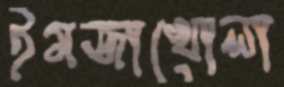
ইমজাখোলা